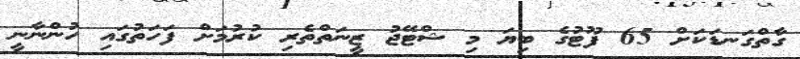
ގާތްގަނޑަކަށް 65 ފޫޓުގެ ބިޔަ މި ޝްޓޭޖު ޒީނަތްތެރި ކުރުމަށް ފަހަތުގައި ހުންނާނީ